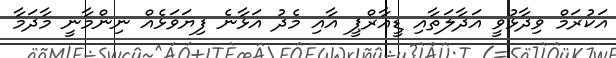
އަކުރަމް ވިދާޅުވީ އަދާލަތާއި ޑީއާރްޕީ އާއި މެދު އަޅާނެ ފިޔަވަޅެއް ނިންމާނީ މާދަމާ